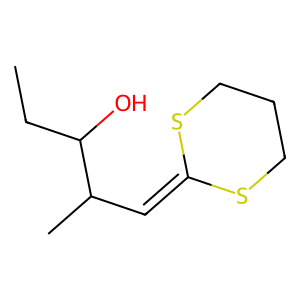
SMILES: CCC(O)C(C)C=C1SCCCS1
Inhibits HIV replication: No